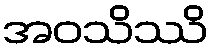
အဝသိဿိ